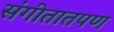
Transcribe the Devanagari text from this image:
संगीतातपण